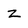
Character: z